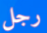
رجل